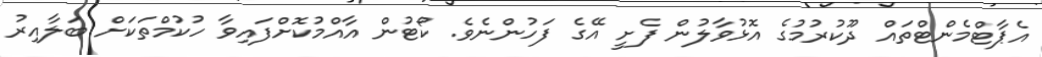
އެޕާޓްމެންޓްތައް ދޫކުރުމުގެ އޮޅުވާލުން ފެށީ އޭގެ ފަހުންނެވެ. ކޯޓުން އާއްމުކޮށްފައިވާ ހުކުމްތަކަށް ބަލާއިރު